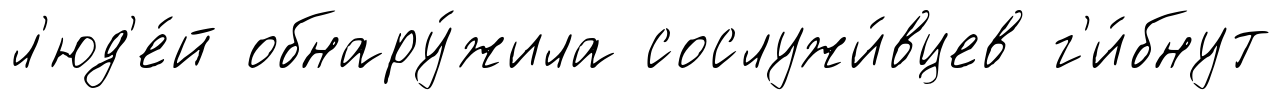
л'юд'е́й обнару́жила сослужи́вцев г'и́бнут